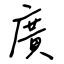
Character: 廣